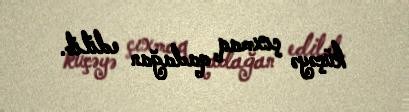
küçəyə çıxmaq qadağan edilib.